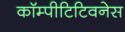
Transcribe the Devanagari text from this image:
कॉम्पीटिटिवनेस